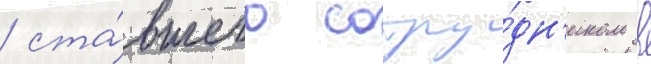
/ ста́вшего сотру́дн'иком в